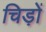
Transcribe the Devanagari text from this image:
चिड़ों